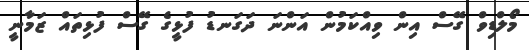
މޯލްޑިވް ގޭސް އިން ވިއްކަމުން އަންނަ ދަގަނޑު ފުޅީގެ ގޭސް ފުޅިތައް ޒަމާނީ